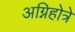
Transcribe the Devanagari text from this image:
अग्निहोत्रे